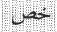
خص